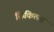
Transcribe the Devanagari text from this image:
छिकित्सा